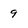
Character: 9